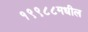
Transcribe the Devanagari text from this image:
१९९८८मधील